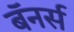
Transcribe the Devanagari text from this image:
बॅनर्स